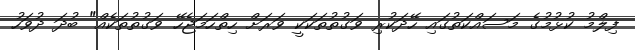
ފިލްމު ކުޅުމުގެ މަސައްކަތުގައި ހޭދަކުރި ވަގުތުތަކަކީ ވަރަށް ހިތްހަމަޖެހޭ ވަގުތުތަކެއް" ބުދަ ދުވަހު